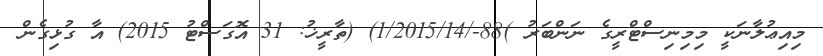
މިއިޢުލާނަކީ މިމިނިސްޓްރީގެ ނަންބަރު )88-/1/2015/14) (ތާރީޚު: 31 އޮގަސްޓު 2015) އާ ގުޅިގެން